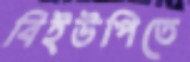
বিইউপিতে